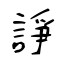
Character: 諍